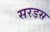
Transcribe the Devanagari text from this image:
सरडस